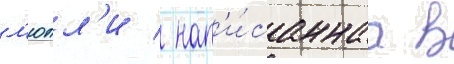
л'юлл'и / нап'и́саннаа в